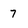
Character: 7